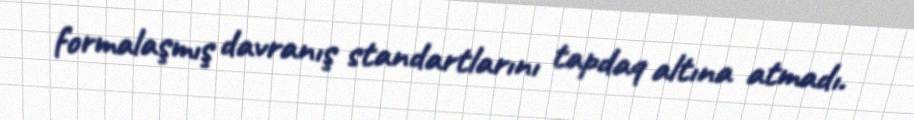
formalaşmış davranış standartlarını tapdaq altına atmadı.